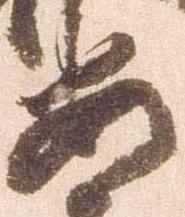
安